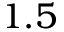
1 . 5